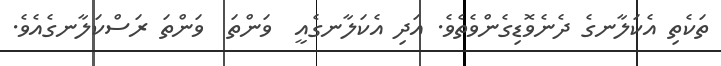
ތަކެތި އެކަލާނގެ ދެނެވޮޑިގެންވެތެވެ. އަދި އެކަލާނގެއީ  ވަންތަ  ވަންތަ ރަސްކަލާނގެއެވެ.